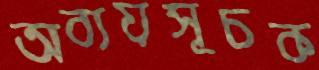
অব্যয়সূচক